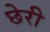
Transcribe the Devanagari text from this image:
छेरी